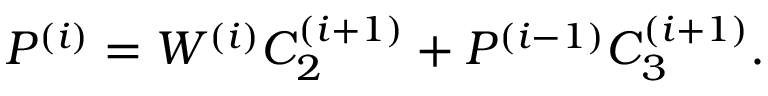
P ^ { ( i ) } = W ^ { ( i ) } C _ { 2 } ^ { ( i + 1 ) } + P ^ { ( i - 1 ) } C _ { 3 } ^ { ( i + 1 ) } .